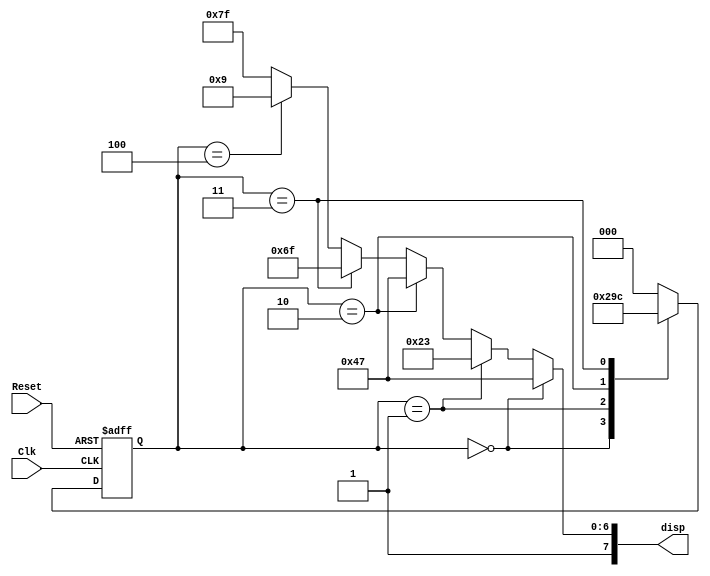
`timescale 1ns / 1ps
//////////////////////////////////////////////////////////////////////////////////
// Company: 
// Engineer: 
// 
// Design Name: 
// Module Name: Display_Reg
// Project Name: 
// Target Devices: 
// Tool Versions: 
// Description: 
// 
// Dependencies: 
// 
// Revision:
// Revision 0.01 - File Created
// Additional Comments:
// 
//////////////////////////////////////////////////////////////////////////////////


module Display_Reg(
    input Clk, Reset,
    output [7:0] disp
    );
  // Refer Lecture Slide 7
  reg [2:0] state_reg, state_next;
  parameter S0 = 3'b000;
  parameter S1 = 3'b001;
  parameter S2 = 3'b010;
  parameter S3 = 3'b011;
  parameter S4 = 3'b100;

//state register
always @(posedge Reset, posedge Clk)
if(Reset) state_reg <= S0;
else
state_reg <= state_next;

//Combiinational Logic
always @(*)
case (state_reg)
S0: state_next = S1;
S1: state_next = S2;
S2: state_next = S3;
S3: state_next = S4;
S4: state_next = S0;
 default:state_next = S0;
 endcase   
 
assign disp = (state_reg == S0)? 8'hC7:(state_reg == S1)? 8'hA3
          :(state_reg==S2)?8'hC7:(state_reg==S3)?8'hEF:(state_reg==S4)?8'h89
          :8'hFF;
    
endmodule